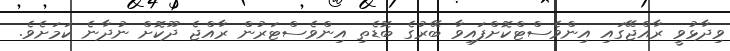
ވިދާޅުވީ ރާއްޖޭގައި އިންވެސްޓްކޮށްފައިވާ ބޭރުގެ ބޮޑެތި އިންވެސްޓަރުން ރާއްޖެ ދޫކޮށް ނުދާނެ ކަމަށެވެ.